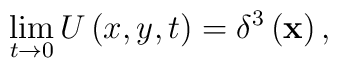
\lim_{t\rightarrow 0}U\left( x,y,t\right) =\delta ^3\left( \mathbf{x}\right),